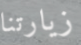
زيارتنا